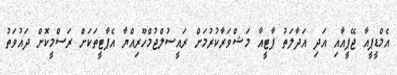
އެމްޑީޕީއާ ޖޭޕީއާއި އަދި އަދާލަތު ޕާޓީއާ މަޝްވަރާކުރުމަށް ރައީސުލްޖުމްހޫރިއްޔާ އެޕާޓީތަކަށް ރަސްމީކޮށް ދައުވަތު